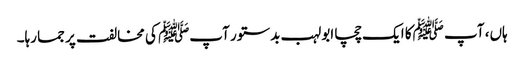
ہاں، آپ ﷺکا ایک چچا ابولہب بدستور آپﷺ کی مخالفت پر جما رہا۔